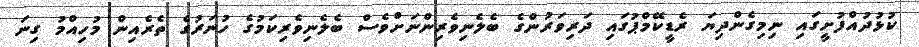
ކުޅުދުއްފުށީގައި ނިމިގެންދިޔަ ރެޑީކޭމްޕުގައި ދަރިވަރުންގެ ބެލެނިވެރިންނަށްވެސް ބެލެނިވެރިކަމުގެ ހުނަރުގެ ތެރެއިން މުހިއްމު ގިނަ